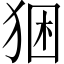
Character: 𤞧